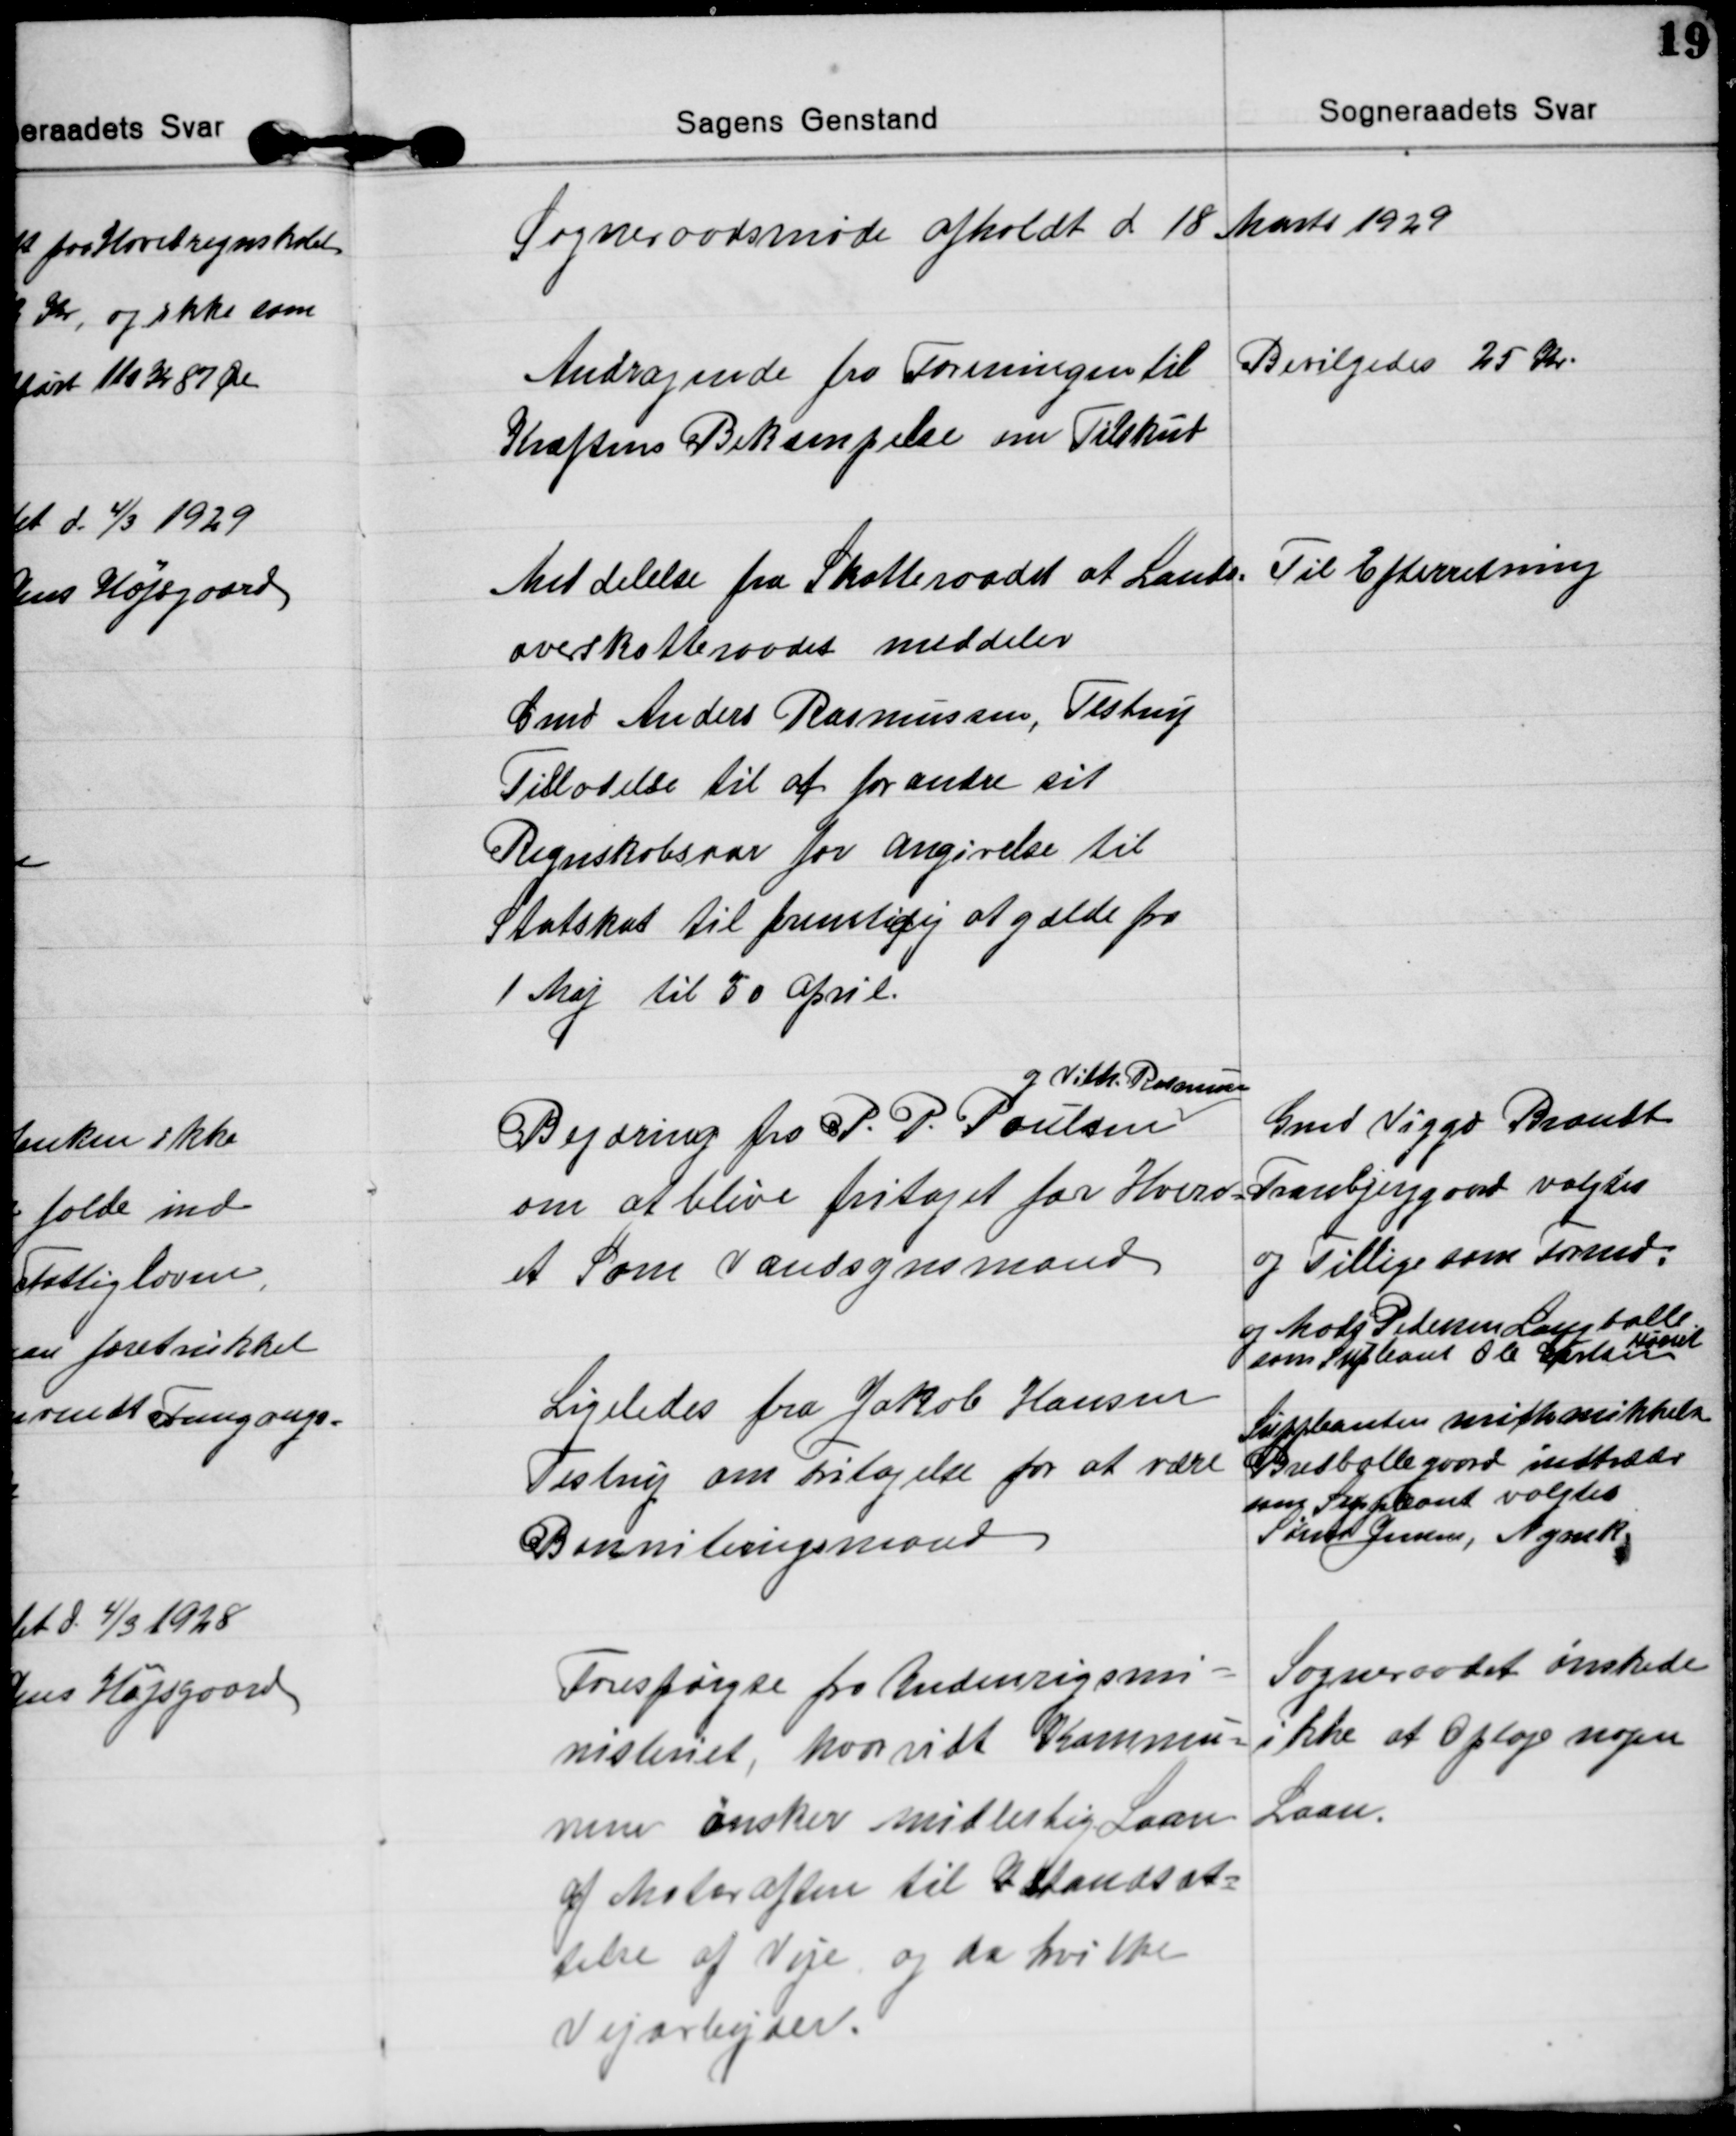
Transskription:
Sogneraadsmøde afholdt d 18 Marts 1929

Andragende fra Foreningen til
Kræftens Bekæmpelse om Tilskud
Bevilgedes 25 Kr.

Meddelelse fra Skatteraadet at Lands=
overskatteraadet meddeler
Gmd Anders Rasmussen, Testrup
Tilladelse til at forandre sit
Regnskabsaar for angivelse til
Statskat til fremtidig at gælde fra
1 Maj til 30 April.
Til Efterretning

Begæring fra P. P. Poulsen 
og Vilh. Rasmussen
om at blive fritaget for Hverv=
et Som Vandsynsmand
Gmd Viggo Brandt
Tranbjerggaard valgtes
og Tillige som Formd.
og Mads Pedersen Langballe
som Supleant Ole Gertsen
Hørret

Ligeledes fra Jakob Hansen
Testrup om Fritagelse for at være
Bonniteringsmand
Suppleanten Mich Mikkelsen
Bredballegaard indtræder
som Suppleant valgtes
Søren Jensen, Nymark.

Forespørgse fra Indenrigsmi=
nisteriet, hvorvidt Kommu=
nen ønsker midlertig Laan
af Motoraften til Istandsæt=
telse af Veje og da hvilke
Vejarbejder.   
Sogneraadet ønskede
ikke at optage nogen
Laan.